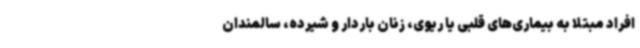
افراد مبتلا به بیماری‌های قلبی یا ریوی، زنان باردار و شیرده، سالمندان